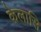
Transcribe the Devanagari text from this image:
केलासि